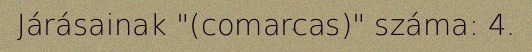
Járásainak "(comarcas)" száma: 4.